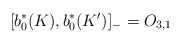
\begin{align*}\lbrack b_{0}^{\ast }(K),b_{0}^{\ast }(K^{\prime })]_{-}=O_{3,1}\end{align*}